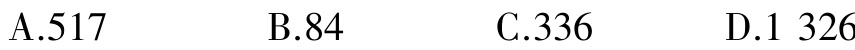
A.517  B.84  C.336  D.1 326